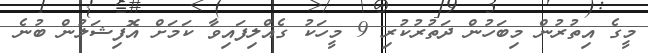
މީގެ އިތުރުން މިބަހުން ދަތުރުކުރި 9 މީހަކު ގެއްލިފައިވާ ކަމަށް އޮފިޝަލުން ބުނެ